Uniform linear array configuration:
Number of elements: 64
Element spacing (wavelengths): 0.5
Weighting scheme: hann
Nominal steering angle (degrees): -45
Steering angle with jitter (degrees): -44.946
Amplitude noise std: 0.05
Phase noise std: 0.05

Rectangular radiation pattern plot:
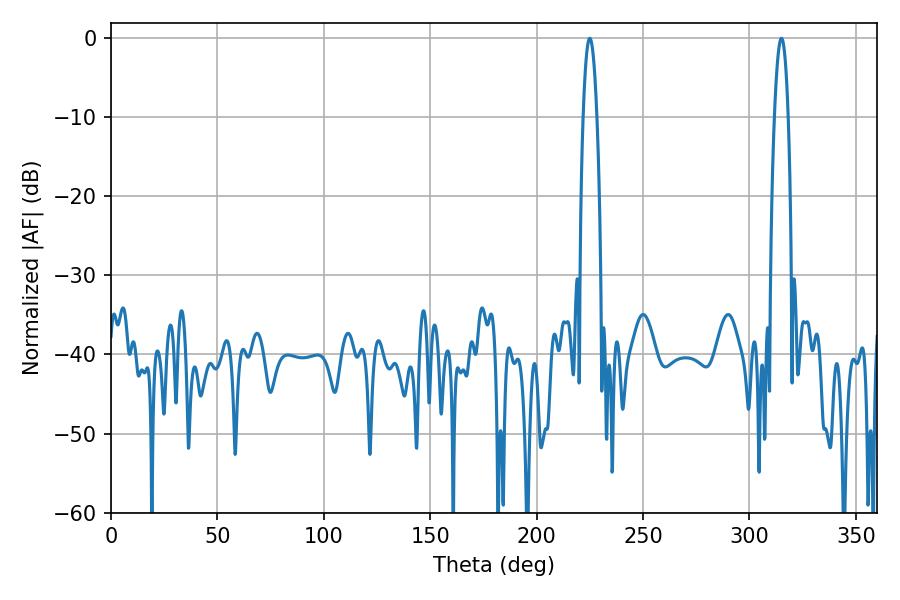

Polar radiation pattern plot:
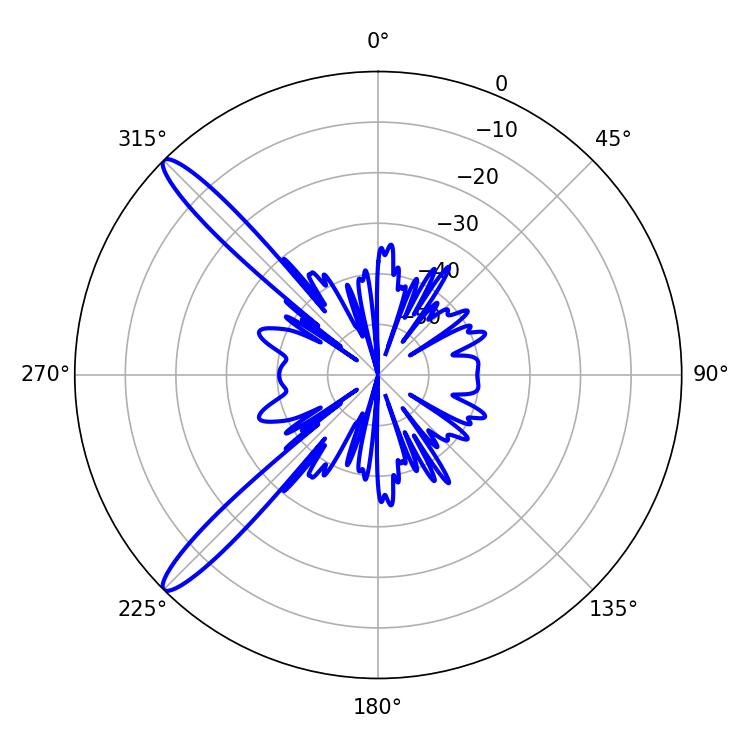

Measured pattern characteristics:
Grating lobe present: FALSE
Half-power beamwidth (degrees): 3.6
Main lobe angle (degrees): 225